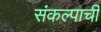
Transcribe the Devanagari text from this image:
संकल्पाची